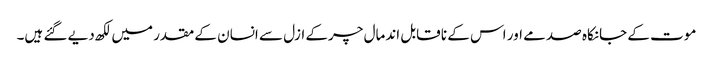
موت کے جانکاہ صدمے اور اس کے نا قابل اندمال چرکے ازل سے انسان کے مقدر میں لکھ دیے گئے ہیں۔